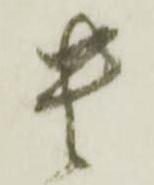
貴